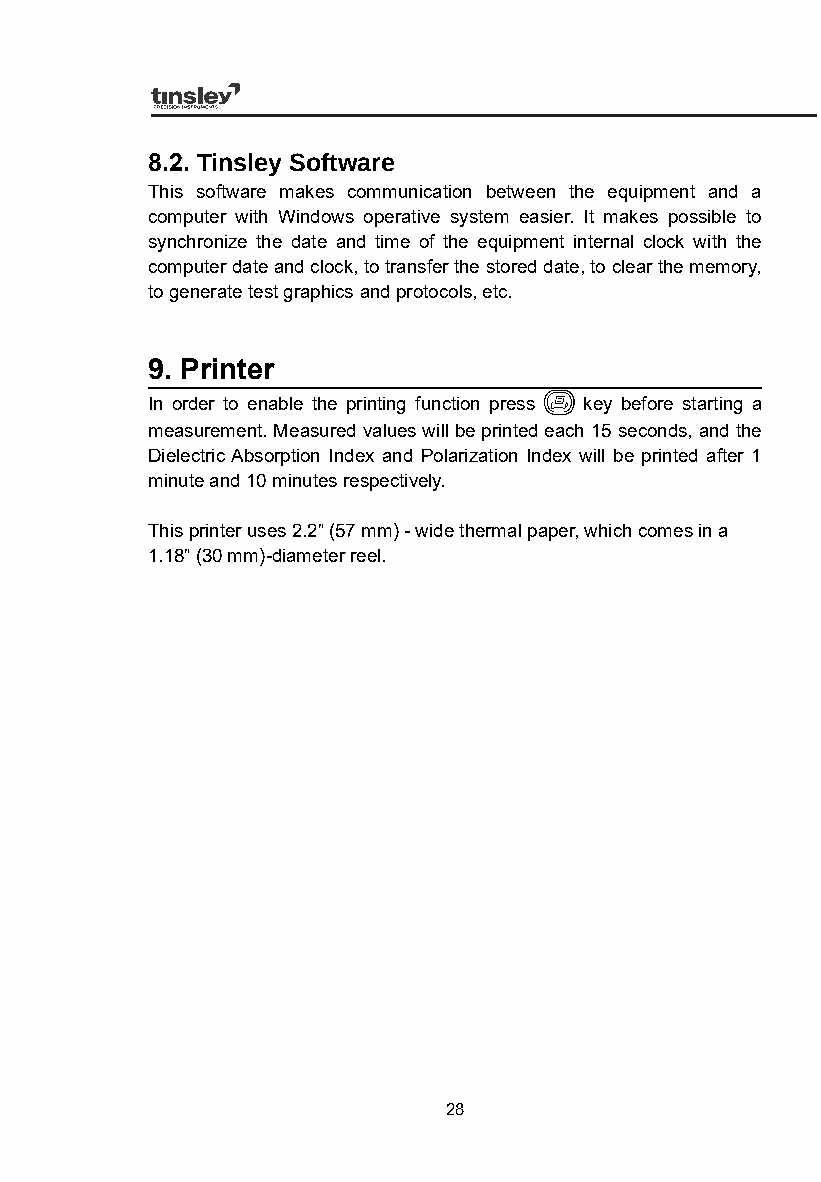
8.2. Tinsley Software
 This software makes communication between the equipment and a
 computer with Windows operative system easier. It makes possible to
 synchronize the date and time of the equipment internal clock with the
 computer date and clock, to transfer the stored date, to clear the memory,
 to generate test graphics and protocols, etc.
 9. Printer
 In order to enable the printing function press key before starting a
 measurement. Measured values will be printed each 15 seconds, and the
 Dielectric Absorption Index and Polarization Index will be printed after 1
 minute and 10 minutes respectively.
 This printer uses 2.2” (57 mm) - wide thermal paper, which comes in a
 1.18” (30 mm)-diameter reel.
 28